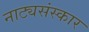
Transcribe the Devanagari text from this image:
नाट्यसंस्कार